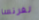
لفرنسا